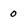
Character: 0